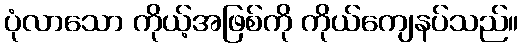
ပုံလာသော ကိုယ့်အဖြစ်ကို ကိုယ်ကျေနပ်သည်။